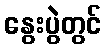
နွေးပွဲတွင်